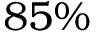
8 5 \%